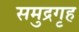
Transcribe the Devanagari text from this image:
समुद्रगृह